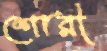
শোরী